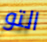
التو